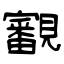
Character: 覾